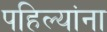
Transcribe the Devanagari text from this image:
पहिल्यांना